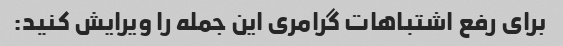
برای رفع اشتباهات گرامری این جمله را ویرایش کنید: